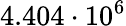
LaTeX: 4.404\cdot 10^{6}